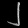
Digit: ၂